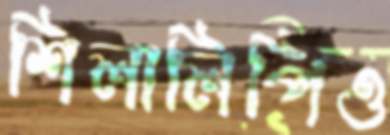
শিলালিপিও